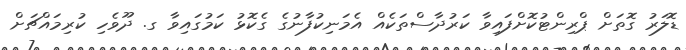
ޑޮލަރު ގޮތަށް ޕްރިންޓުކޮށްފައިވާ ކަރުދާސްތަކެއް އެމަނިކުފާނުގެ ގެކޮޅު ކަމުގައިވާ ގ. ދޫވެހި ކުރިމައްޗަށް